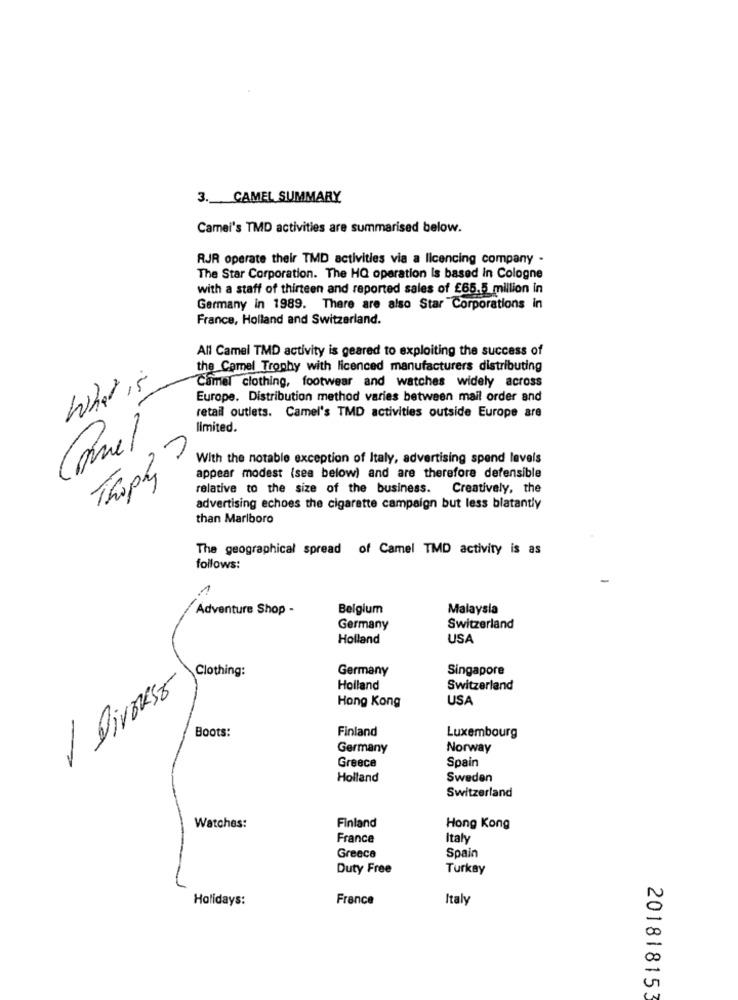
3. CAMEL SUMMARY
Camei's TMD activities are summarised below.
RJR operate their TMD activities via a licencing company .
The Star Corporation. The HQ operation is based in Cologne
with a staff of thirteen and reported sales of £65.5 million in
Germany in 1989. There are also Star Corporations in
France, Holland and Switzerland.
All Camel TMD activity is geared to exploiting the success of
the Camel Trophy with licenced manufacturers distributing
What is
Camel clothing, footwear and watches widely across
Europe, Distribution method varies between mail order and
retail outlets. Camel's TMD activities outside Europe are
limited.
Camel
Thophy ?
With the notable exception of Italy, advertising spend levels
appear modest (see below) and are therefore defensible
relative to the size of the business. Creatively, the
advertising echoes the cigarette campaign but less blatantly
than Marlboro
The geographical spread of Camel TMD activity is as
follows:
1
Adventure Shop -
Belgium
Malaysia
Germany
Switzerland
Holland
USA
Clothing:
Germany
Singapore
DIVERSE
Holland
Switzerland
Hong Kong
USA
Boots:
Finland
Luxembourg
Germany
Norway
Spain
Greece
Holland
Sweden
Switzerland
Finland
Watches:
Hong Kong
France
Italy
Greece
Spain
Duty Free
Turkay
Holidays:
France
Italy
201818153